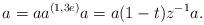
LaTeX: \begin{align*} a=aa^{(1, 3e)}a=a(1-t)z^{-1}a.\end{align*}